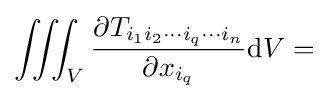
\iiint _{V}{\dfrac {\partial T_{i_{1}i_{2}\cdots i_{q}\cdots i_{n}}}{\partial x_{i_{q}}}}\mathrm {d} V=